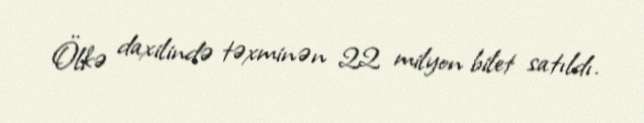
Ölkə daxilində təxminən 22 milyon bilet satıldı.